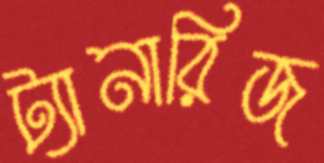
ট্যানারিজ